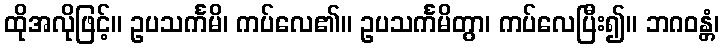
ထိုအလိုဖြင့်။ ဥပသင်္ကမိ၊ ကပ်လေ၏။ ဥပသင်္ကမိတွာ၊ ကပ်လေပြီး၍။ ဘဂဝန္တံ၊